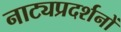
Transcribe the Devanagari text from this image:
नाट्यप्रदर्शनों